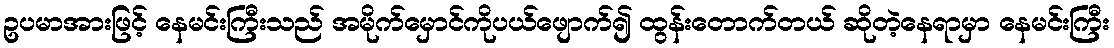
ဥပမာအားဖြင့် နေမင်းကြီးသည် အမိုက်မှောင်ကိုပယ်ဖျောက်၍ ထွန်းတောက်တယ် ဆိုတဲ့နေရာမှာ နေမင်းကြီး